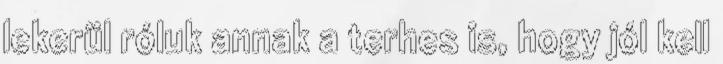
lekerül róluk annak a terhes is, hogy jól kell